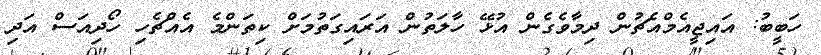
ހަބީބު: އައިޖީއެމްއެޗުން ދިމާވެގެން އުޅޭ ހާލަތުން އަރައިގަތުމަށް ކިތަންމެ އެއްޗެހި ހޯދިއަސް އަދި